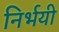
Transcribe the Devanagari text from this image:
निर्भयी